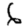
Digit: 6